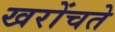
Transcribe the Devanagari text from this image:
खरोंचते